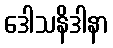
ဒေါသနိဒါနာ